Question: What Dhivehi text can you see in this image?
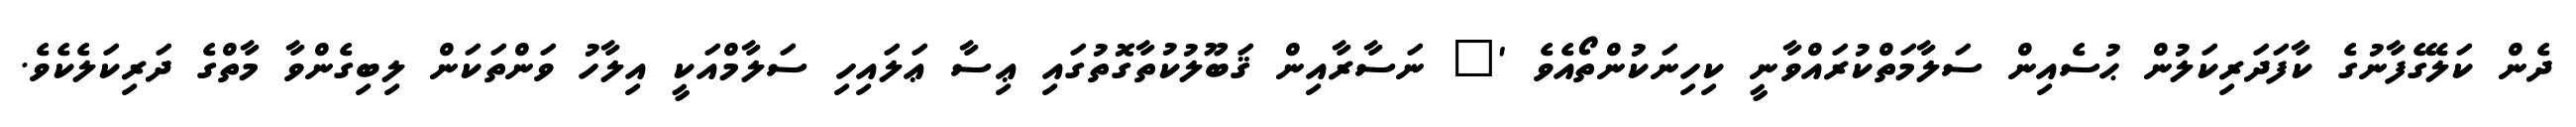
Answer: ދެން ކަލޭގެފާނުގެ ކާފަދަރިކަލުން ޙުސެއިން ސަލާމަތްކުރައްވާނީ ކިހިނަކުންތޯއެވެ '" ނަސާރާއިން ޤަބޫލުކުތާގޮތުގައި ޢިސާ ޢަލައިހި ސަލާމްއަކީ އިލާހު ވަންތަކަން ލިބިގެންވާ މާތްގެ ދަރިކަލެކެވެ.